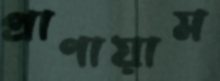
প্রাণায়াম